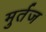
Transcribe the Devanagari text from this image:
मुर्तज